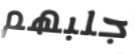
جلبهم